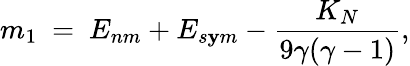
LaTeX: m_{1}~=~E_{nm}+E_{s\mathbf{y}m}-{\frac{{K_{N}}}{{9\gamma(\gamma-1)}}},